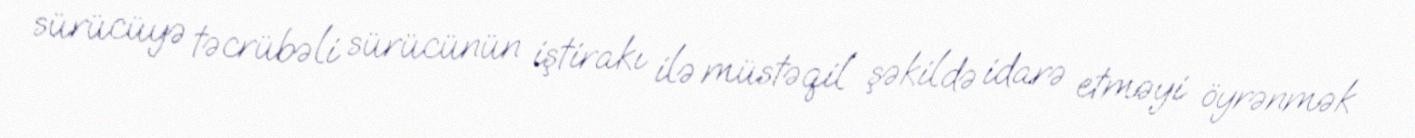
sürücüyə təcrübəli sürücünün iştirakı ilə müstəqil şəkildə idarə etməyi öyrənmək